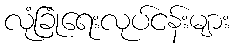
လုံခြုံရေးလုပ်ငန်းများ